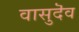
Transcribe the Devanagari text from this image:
वासुदॆव